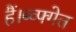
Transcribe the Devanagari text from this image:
हैं।ब्व्फ्गेत